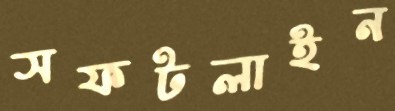
সফটলাইন